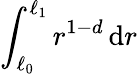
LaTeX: \int_{\ell_{0}}^{\ell_{1}}r^{1-d}\, \mathrm{d}r